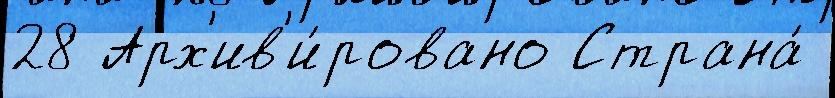
28 Арх'ив'и́ровано Страна́